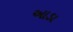
આડા